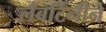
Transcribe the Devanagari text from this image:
लँबर्टिनीने